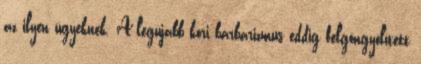
az ilyen ügyeknek. A legújabb kori barbarizmus eddig felgöngyölített